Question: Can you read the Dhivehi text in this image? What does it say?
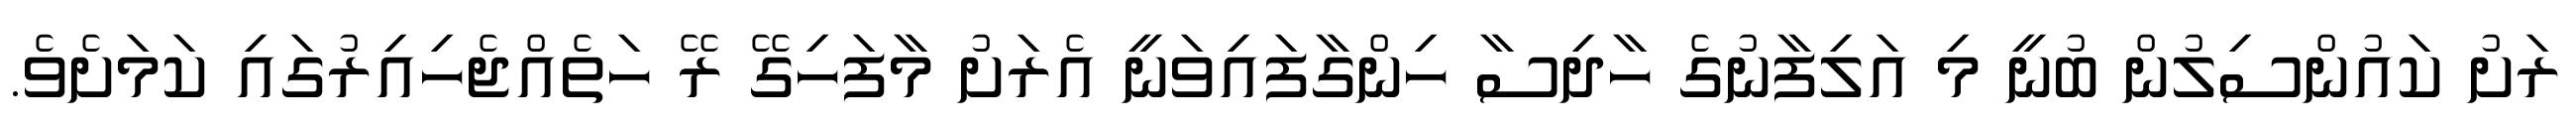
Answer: ރަށު ކައުންސިލުން ބުނީ މި އަލިފާނުގެ ހާދިސާ ހިންގާފައިވަނީ އެރަށު މާފަހިގޭ ރޭ ހަތެއްޖެހިއިރުގައި ކަމަށެވެ.